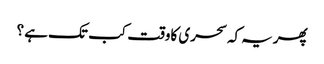
پھریہ کہ سحری کاوقت کب تک ہے ؟